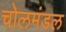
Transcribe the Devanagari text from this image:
चोलमंडल